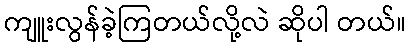
ကျူးလွန်ခဲ့ကြတယ်လို့လဲ ဆိုပါ တယ်။